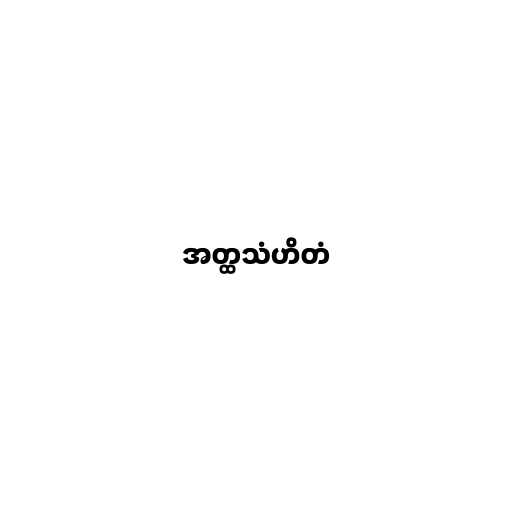
အတ္ထသံဟိတံ